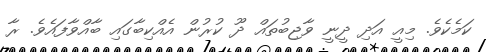
ކަމެކެވެ. މިއީ އަދި ދީނީ ވާޖިބުތައް ދޫ ކުރުން އެއްކިބާގައި ބާއްވާފައެވެ. ރާ